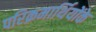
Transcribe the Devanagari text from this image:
परिक्रमार्थियोंके